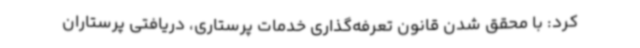
کرد: با محقق شدن قانون تعرفه‌گذاری خدمات پرستاری، دریافتی پرستاران